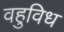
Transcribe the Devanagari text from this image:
वहुविध